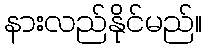
နားလည်နိုင်မည်။